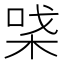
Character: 𰗪